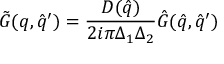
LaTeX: { \tilde { G } } ( q , { \hat { q } } ^ { \prime } ) = \frac { D ( { \hat { q } } ) } { 2 i \pi \Delta _ { 1 } \Delta _ { 2 } } { \hat { G } } ( { \hat { q } } , { \hat { q } } ^ { \prime } )